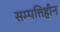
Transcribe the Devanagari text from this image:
सम्पत्तिहीन